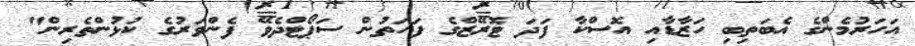
އަހަރުމެންގެ އެބަތިބި ހަޒާޑާއި އޮސްކާ ފަދަ ޓޮރޭޒްގެ ފަހަތުން ސަޕޯޓްދެވޭ ފެންވަރުގެ ކުޅުންތެރިން"